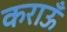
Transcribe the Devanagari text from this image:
कराऊँ